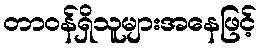
တာဝန်ရှိသူများအနေဖြင့်